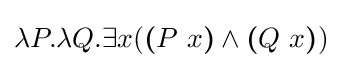
\lambda P.\lambda Q.\exists x({\boldsymbol {(}}P\ x{\boldsymbol {)}}\wedge {\boldsymbol {}}{\boldsymbol {(}}Q\ x{\boldsymbol {)}})